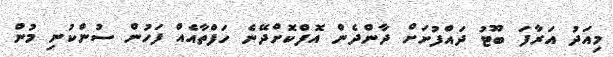
މިއަދު އަރާފަ ބޫޓު ދައްފުށަށް ދާންދެން އޮފްކޮށްދޭނެ ހަފްތާއެއް ފަހުން ސުންކުނި މުން